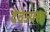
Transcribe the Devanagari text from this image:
देवेज्यस्य